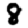
Digit: 8